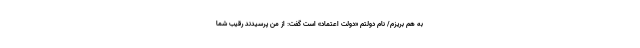
به هم بریزم/ نام دولتم «دولت اعتماد» است گفت: از من پرسیدند رقیب شما